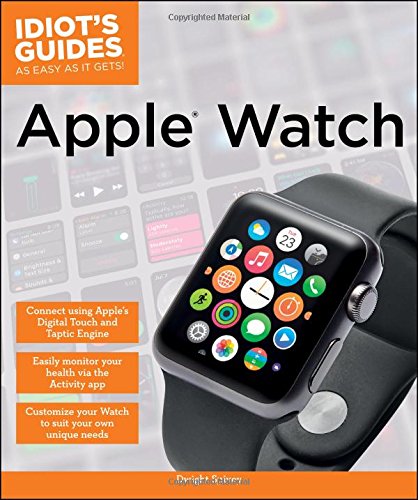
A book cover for Idiot's Guides: Apple Watch; Mr. Dwight Spivey; Computers & Technology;